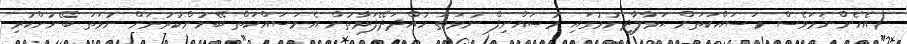
(އެހެންނަމަވެސް މަސައްކަތަށް ޙަވާލާދިނުމުގައި މުޞައްނިފް ނުވަތަ ހުއްދަދޭފަރާތުން އެމަސައްކަތް ބޭނުންކުރުމަށް ނުވަތަ ބޭނުންކުރި